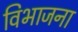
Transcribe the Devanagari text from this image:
विभाजना